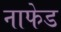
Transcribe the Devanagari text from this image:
नाफेड